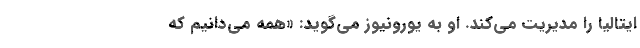
ایتالیا را مدیریت می‌کند. او به یورونیوز می‌گوید: «همه می‌دانیم که